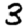
Digit: 3